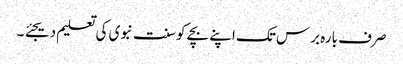
صرف بارہ برس تک اپنے بچے کو سنت نبوی کی تعلیم دیجئے ۔